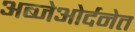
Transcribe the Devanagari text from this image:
अब्जेओर्दनेत